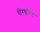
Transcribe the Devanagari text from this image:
वीरचरित्र